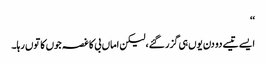
‘‘
ایسے تیسے دو دن یوں ہی گزر گئے،لیکن اماں بی کا غصہ جوں کا توں رہا۔